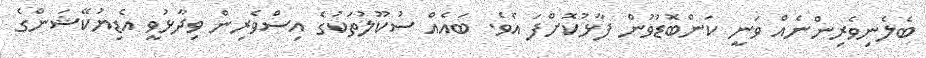
ބެލެނިވެރިންނެއް ވަނީ ކަންބޮޑުވުން ފާޅުކޮށްފަ އެވެ. ބައެއް ސުކޫލުތަކުގެ އިސްވެރިން ވިދާޅުވީ އެޑިޔުކޭޝަންގެ